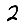
Digit: 2